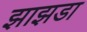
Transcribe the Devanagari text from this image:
झाझडा